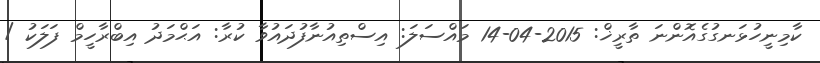
ކާމިނީހުޅަނގުގެއޮންނަ ތާރީޚް: 2015-04-14 މައްސަލަ: އިސްތިއުނާފުދައުވާ ކުރާ: އަޙްމަދު އިބްރާހީމް ފަލަކު /